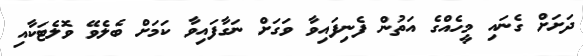
ދަށަށް ގެނައި މީހެއްގެ އަތުން ފެނިފައިވާ ވަގަށް ނަގާފައިވާ ކަމަށް ބެލެވޭ ވޮލެޓަކާއި